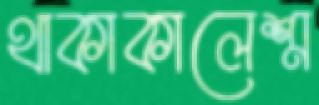
থাকাকালেশ্র